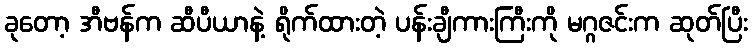
ခုတော့ အီဗန်က ဆီပီယာနဲ့ ရိုက်ထားတဲ့ ပန်းချီကားကြီးကို မဂ္ဂဇင်းက ဆုတ်ပြီး